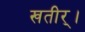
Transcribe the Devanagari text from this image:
खतीर्।